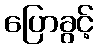
ပြောခွင့်